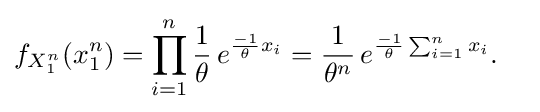
{\begin{aligned}f_{X_{1}^{n}}(x_{1}^{n})&=\prod _{i=1}^{n}{1 \over \theta }\,e^{{-1 \over \theta }x_{i}}={1 \over \theta ^{n}}\,e^{{-1 \over \theta }\sum _{i=1}^{n}x_{i}}.\end{aligned}}